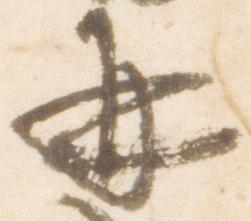
并